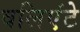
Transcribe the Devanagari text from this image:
वलिएंटे